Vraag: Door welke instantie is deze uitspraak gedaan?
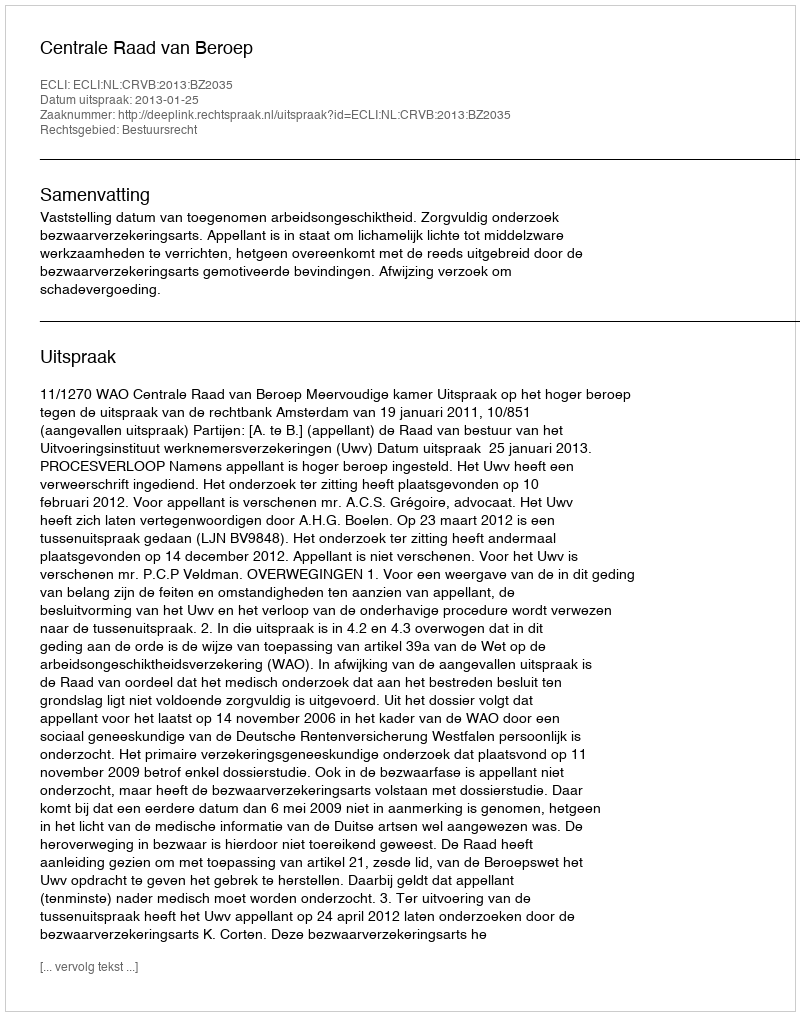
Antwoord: Centrale Raad van Beroep